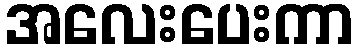
အလေးပေးကာ